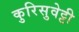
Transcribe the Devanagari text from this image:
कुरिसुवेट्टी